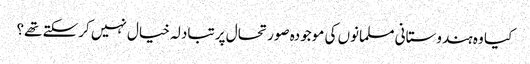
کیا وہ ہندوستانی مسلمانوں کی موجودہ صورتحال پر تبادلہ خیال نہیں کرسکتے تھے؟